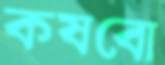
কষবো